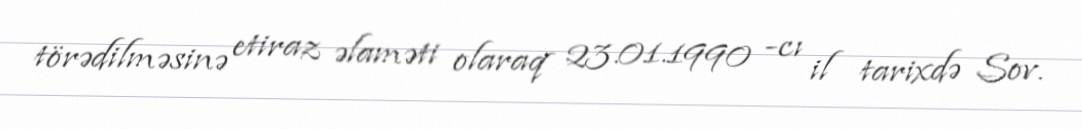
törədilməsinə etiraz əlaməti olaraq 23.01.1990 -cı il tarixdə Sov.